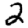
Digit: 2